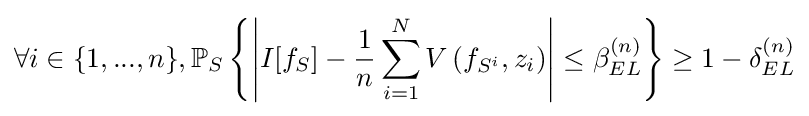
\forall i\in \{1,...,n\},\mathbb {P} _{S}\left\{\left|I[f_{S}]-{\frac {1}{n}}\sum _{i=1}^{N}V\left(f_{S^{i}},z_{i}\right)\right|\leq \beta _{EL}^{(n)}\right\}\geq 1-\delta _{EL}^{(n)}